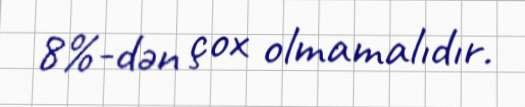
8%-dən çox olmamalıdır.